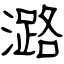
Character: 潞